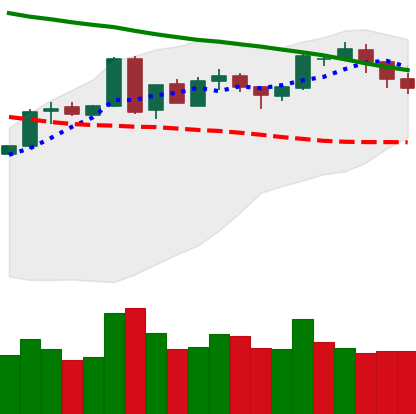
Ticker: BTC-USD
Chart end date: 2018-05-08
Forward return: -5.532%
Label: down_5_7